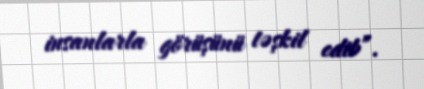
insanlarla görüşünü təşkil edib”.